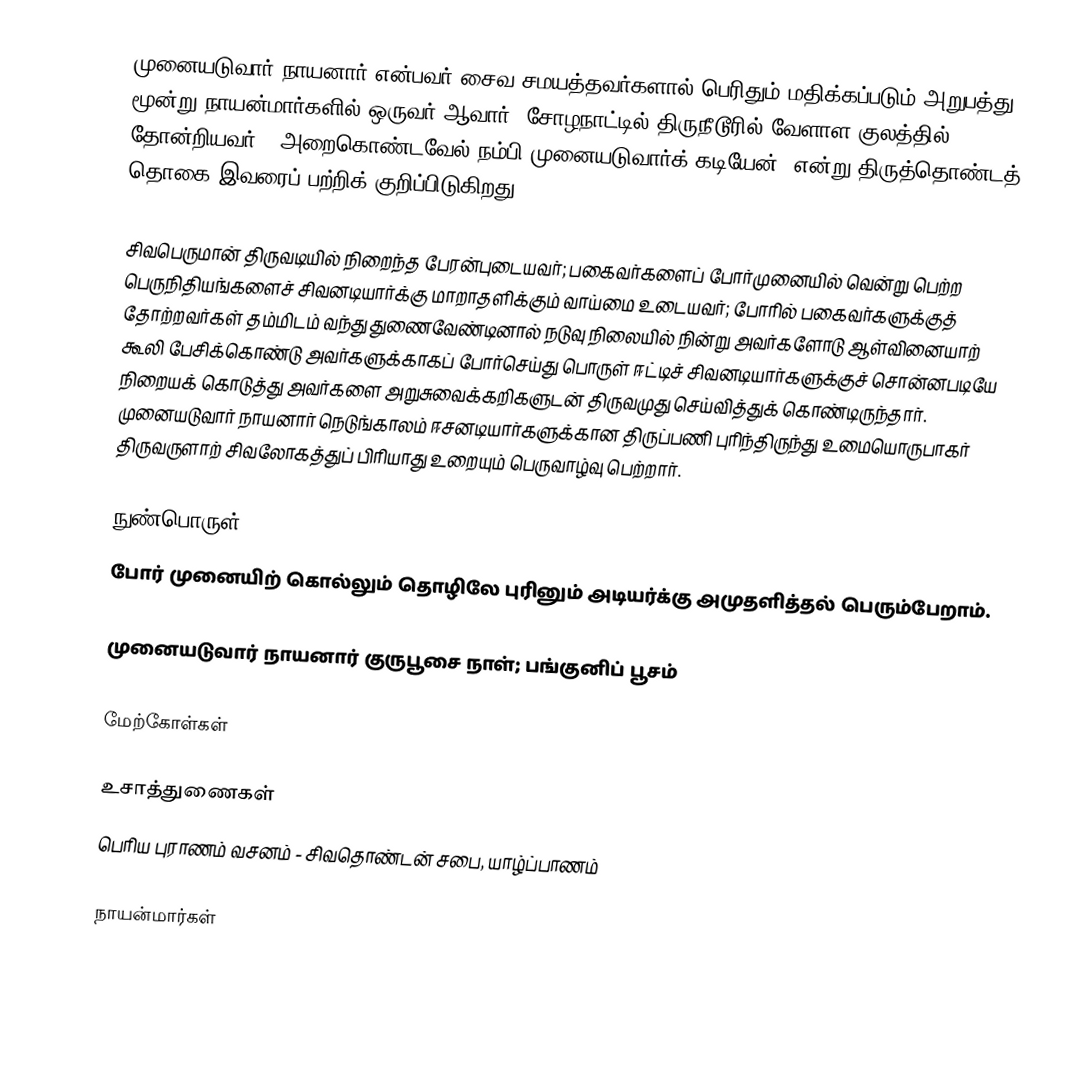
முனையடுவார் நாயனார் என்பவர் சைவ சமயத்தவர்களால் பெரிதும் மதிக்கப்படும் அறுபத்து மூன்று நாயன்மார்களில் ஒருவர் ஆவார். சோழநாட்டில் திருநீடூரில் வேளாள குலத்தில் தோன்றியவர். "அறைகொண்டவேல் நம்பி முனையடுவார்க் கடியேன்” என்று திருத்தொண்டத் தொகை இவரைப் பற்றிக் குறிப்பிடுகிறது.

சிவபெருமான் திருவடியில் நிறைந்த பேரன்புடையவர்; பகைவர்களைப் போர்முனையில் வென்று பெற்ற பெருநிதியங்களைச் சிவனடியார்க்கு மாறாதளிக்கும் வாய்மை உடையவர்; போரில் பகைவர்களுக்குத் தோற்றவர்கள் தம்மிடம் வந்து துணைவேண்டினால் நடுவு நிலையில் நின்று அவர்களோடு ஆள்வினையாற் கூலி பேசிக்கொண்டு அவர்களுக்காகப் போர்செய்து பொருள் ஈட்டிச் சிவனடியார்களுக்குச் சொன்னபடியே நிறையக் கொடுத்து அவர்களை அறுசுவைக்கறிகளுடன் திருவமுது செய்வித்துக் கொண்டிருந்தார். முனையடுவார் நாயனார் நெடுங்காலம் ஈசனடியார்களுக்கான திருப்பணி புரிந்திருந்து உமையொருபாகர் திருவருளாற் சிவலோகத்துப் பிரியாது உறையும் பெருவாழ்வு பெற்றார்.

நுண்பொருள்
போர் முனையிற் கொல்லும் தொழிலே புரினும் அடியர்க்கு அமுதளித்தல் பெரும்பேறாம்.

முனையடுவார் நாயனார் குருபூசை நாள்; பங்குனிப் பூசம்

மேற்கோள்கள்

உசாத்துணைகள்
பெரிய புராணம் வசனம் - சிவதொண்டன் சபை, யாழ்ப்பாணம்

நாயன்மார்கள்